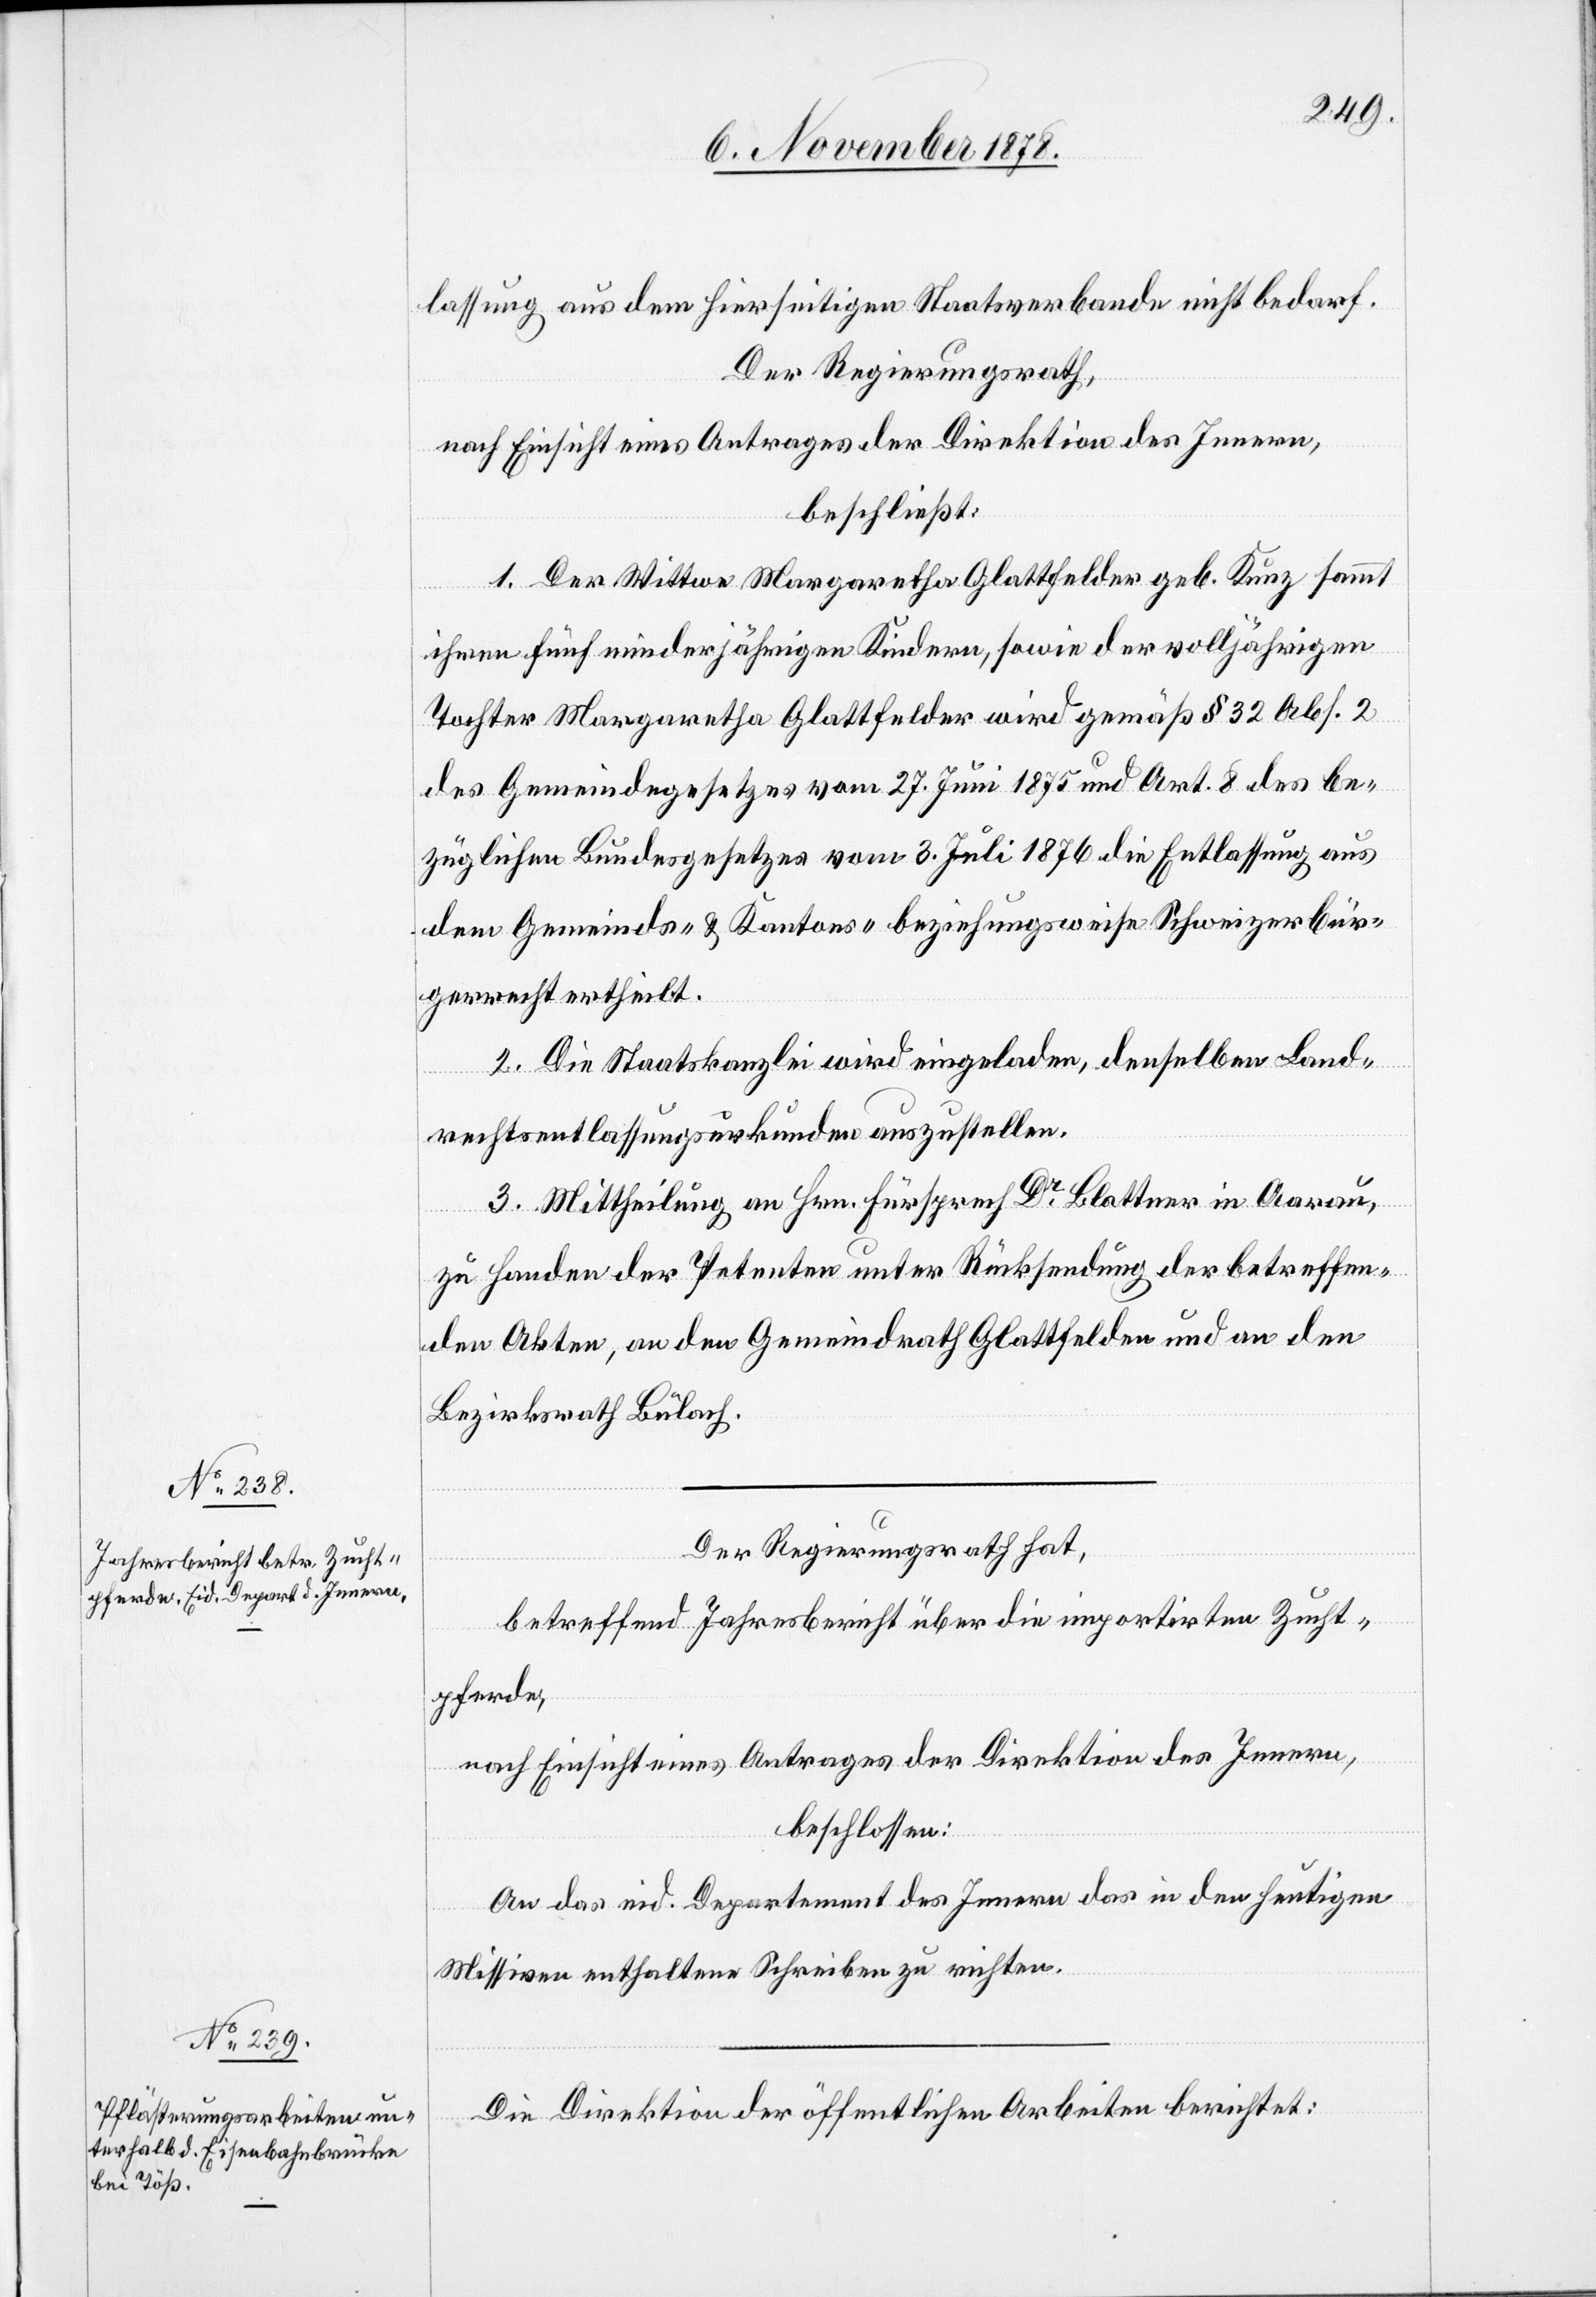
lassung aus dem hierseitigen Staatsverbande nicht bedarf.
Der Regierungsrath,
nach Einsicht eines Antrages der Direktion des Innern,
beschließt:
1. Der Wittwe Margaretha Glattfelder geb. Kunz sammt
ihren fünf minderjährigen Kindern, sowie der volljährigen
Tochter Margaretha Glattfelder wird gemäß § 32 Abs. 2
des Gemeindegesetzes vom 3. Juli 1876 die Entlas¬
dem Gemeinds- & Kantons- beziehungsweise Schweizerbür¬
gerrecht ertheilt.
2. Die Staatskanzlei wird eingeladen, denselben Land¬
rechtsentlassungsurkunden auszustellen.
3. Mittheilung an Hrn. Fürsprech Dr Blattner in Aarau,
zu Handen der Petenten unter Rücksendung der betreffen¬
den Akten, an den Gemeindrath Glattfelden und an den
Bezirksrath Bülach.
Der Regierungsrath hat,
betreffend Jahresbericht über die importirten Zucht¬
pferde,
nach Einsicht eines Antrages der Direktion des Innern,
beschlossen:
An das eid. Departement des Innern das in den heutigen
aus
Missiven enthaltene Schreiben zu richten.
Die Direktion der öffentlichen Arbeiten berichtet: